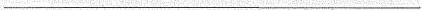
___